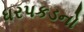
ધરપકડનો